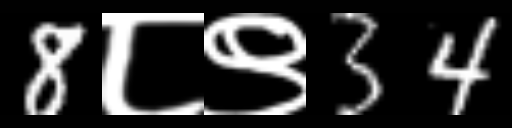
Text: 8८९34